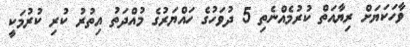
ވާހަކަޔަށް ރިޔާއަތް ކުރުމެއްނެތި 5 ދުވަހުގެ ހައްޔަރުގެ މުއްދަތު އިތުރު ކުރި ކުރުމަކީ